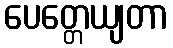
ပေတ္တေယျတာ